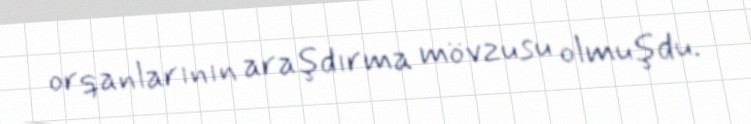
orqanlarının araşdırma mövzusu olmuşdu.